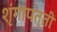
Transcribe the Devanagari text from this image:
शृंगापत्ती